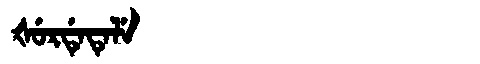
Manchu: ᡧᡠᡵᡩᡝᡨᡝᠯᡝ
Romanization: ŠURDETELE